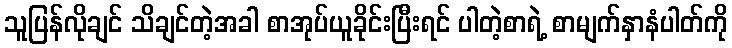
သူပြန်လိုချင် သိချင်တဲ့အခါ စာအုပ်ယူခိုင်းပြီးရင် ပါတဲ့စာရဲ့ စာမျက်နှာနံပါတ်ကို